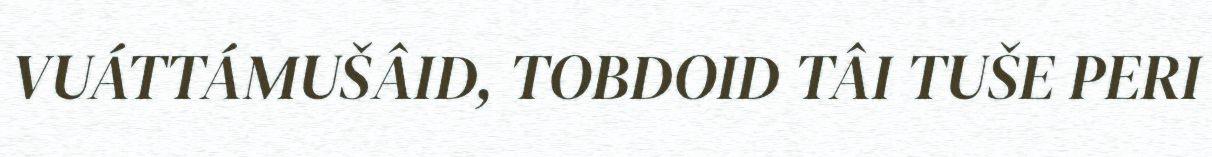
VUÁTTÁMUŠÂID, TOBDOID TÂI TUŠE PERI